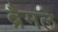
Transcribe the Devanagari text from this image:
ब्रैमले